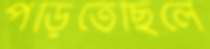
পড়িতেছিলে